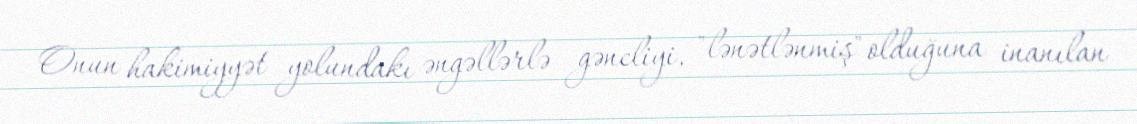
Onun hakimiyyət yolundakı əngəllərlə gəncliyi, "lənətlənmiş" olduğuna inanılan